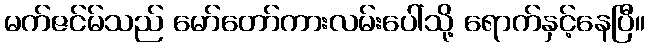
မက်ဇင်မ်သည် မော်တော်ကားလမ်းပေါ်သို့ ရောက်နှင့်နေပြီ။